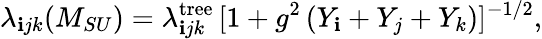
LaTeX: \lambda_{\mathbf{i}jk}(M_{SU})=\lambda_{\mathbf{i}jk}^{\mathrm{{tree}}}\, [1+g^{2}\, (Y_{\mathbf{i}}+Y_{j}+Y_{k})]^{-1/2},